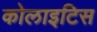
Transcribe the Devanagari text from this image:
कोलाइटिस